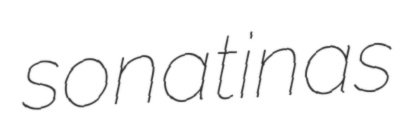
sonatinas